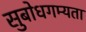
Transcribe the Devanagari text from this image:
सुबोधगम्यता